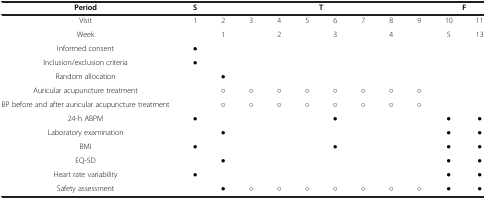
<table><thead><tr><td><b>Period</b></td><td><b>S</b></td><td colspan="8"><b>T</b></td><td colspan="2"><b>F</b></td></tr></thead><tbody><tr><td>Visit</td><td>1</td><td>2</td><td>3</td><td>4</td><td>5</td><td>6</td><td>7</td><td>8</td><td>9</td><td>10</td><td>11</td></tr><tr><td>Week</td><td> </td><td>1</td><td> </td><td>2</td><td> </td><td>3</td><td> </td><td>4</td><td> </td><td>5</td><td>13</td></tr><tr><td>Informed consent</td><td>●</td><td> </td><td> </td><td> </td><td> </td><td> </td><td> </td><td> </td><td> </td><td> </td><td> </td></tr><tr><td>Inclusion/exclusion criteria</td><td>●</td><td> </td><td> </td><td> </td><td> </td><td> </td><td> </td><td> </td><td> </td><td> </td><td> </td></tr><tr><td>Random allocation</td><td> </td><td>●</td><td> </td><td> </td><td> </td><td> </td><td> </td><td> </td><td> </td><td> </td><td> </td></tr><tr><td>Auricular acupuncture treatment</td><td> </td><td>○</td><td>○</td><td>○</td><td>○</td><td>○</td><td>○</td><td>○</td><td>○</td><td> </td><td> </td></tr><tr><td>BP before and after auricular acupuncture treatment</td><td> </td><td>○</td><td>○</td><td>○</td><td>○</td><td>○</td><td>○</td><td>○</td><td>○</td><td> </td><td> </td></tr><tr><td>24-h ABPM</td><td>●</td><td> </td><td> </td><td> </td><td> </td><td>●</td><td> </td><td> </td><td> </td><td>●</td><td>●</td></tr><tr><td>Laboratory examination</td><td> </td><td>●</td><td> </td><td> </td><td> </td><td> </td><td> </td><td> </td><td> </td><td>●</td><td>●</td></tr><tr><td>BMI</td><td>●</td><td> </td><td> </td><td> </td><td> </td><td>●</td><td> </td><td> </td><td> </td><td>●</td><td>●</td></tr><tr><td>EQ-5D</td><td> </td><td>●</td><td> </td><td> </td><td> </td><td> </td><td> </td><td> </td><td> </td><td>●</td><td>●</td></tr><tr><td>Heart rate variability</td><td>●</td><td> </td><td> </td><td> </td><td> </td><td> </td><td> </td><td> </td><td> </td><td>●</td><td>●</td></tr><tr><td>Safety assessment</td><td> </td><td>●</td><td>○</td><td>○</td><td>○</td><td>○</td><td>○</td><td>○</td><td>○</td><td>●</td><td>●</td></tr></tbody></table>